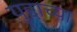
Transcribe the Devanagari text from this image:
युद्दाच्या